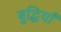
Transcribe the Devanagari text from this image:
बुद्धियाँ